NAE_ERA_R-30_Eesti_Riiklik_Spordiamet, lk 58
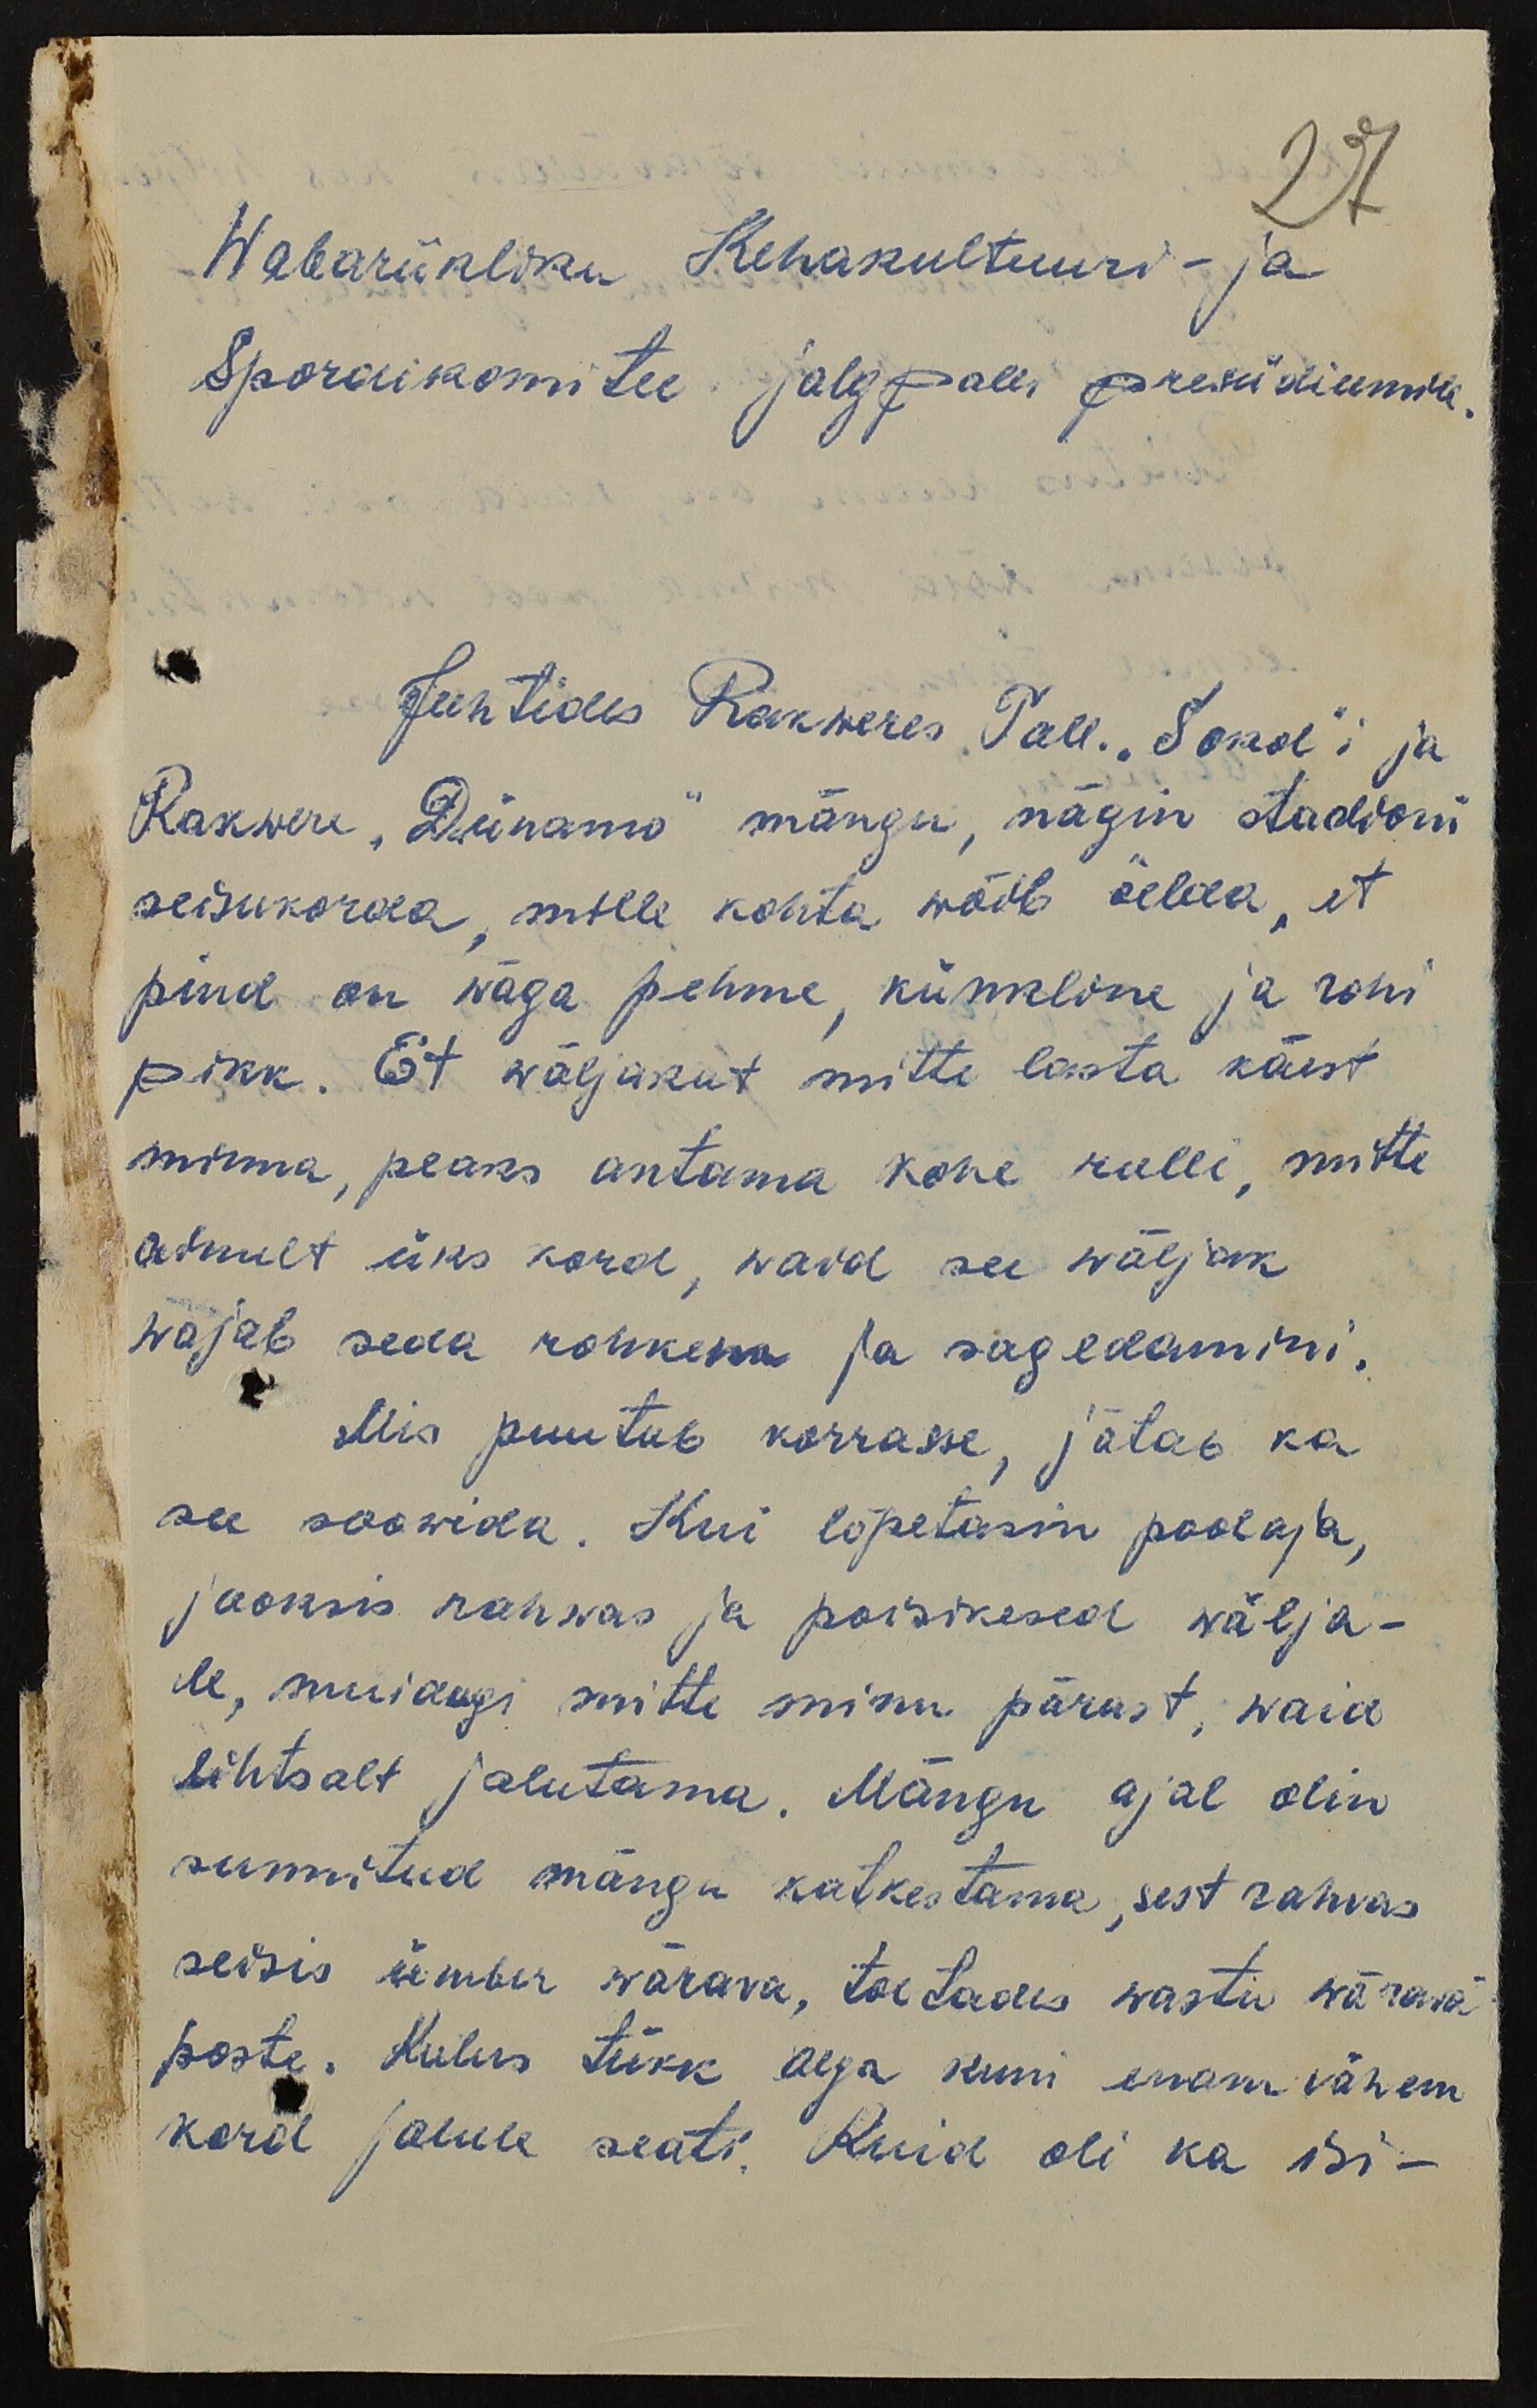
27
Wabariikliku Kehakultuuri- ja
Spordikomitee jalgpalli presiidiumile.
Juhtides Rakweres Tall. "Sokol"i  ja
Rakwere "Dünamo" mängu, nägin staadioni
seisukorda, mille kohta wõib öelda, et
pind on wäga pehme, künkline ja rohi
pikk. Et wäljakut mitte lasta käest
minna, peaks antama kohe rulli, mitte
ainult üks kord, waid see wäljak
wajab seda rohkem ja sagedamini.
Mis puutub korrasse, jätab ka
see soowida. Kui lõpetasin poolaja,
jooksis rahwas ja poisikesed välja-
le, muidugi mitte minu pärast, waid
lihtsalt jalutama. Mängu ajal olin
sunnitud mängu katkestama, sest rahvas
seisis ümber wärava, toetades wastu wärawa
poste. Kulus tükk aega kuni enam vähem
kord jalule seati. Kuid oli ka isi-